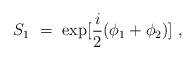
\begin{align*}S_{1} ~=~ {\rm exp}[\frac{i}{2}(\phi_1+\phi_2)]~,\vspace{1mm}\end{align*}